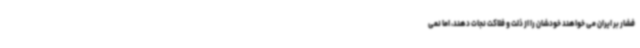
فشار بر ایران می خواهند خودشان را از ذلت و فلاکت نجات دهند، اما نمی